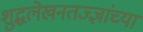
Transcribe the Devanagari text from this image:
शुद्धलेखनतज्ज्ञांच्या